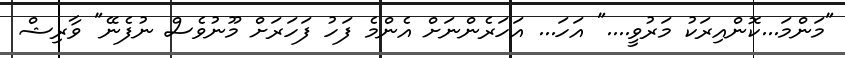
"މަންމަ...ކޮންއިރަކު މަރުވީ...." އަހަ... އަހަރެންނަށް އެންމެ ފަހު ފަހަރަށް މޫނުވެސް ނުފެނޭ" ވާރިޝް